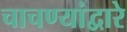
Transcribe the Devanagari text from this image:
चाचण्यांद्वारे